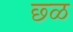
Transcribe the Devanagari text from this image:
छ्ळ